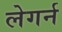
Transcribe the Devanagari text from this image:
लेगर्न